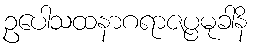
ဥပေါသထနာဂရာဇပ္ပမုခါနိ